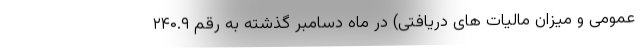
عمومی و میزان مالیات های دریافتی) در ماه دسامبر گذشته به رقم ۲۴۰.۹